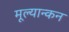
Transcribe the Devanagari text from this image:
मूल्यान्कन